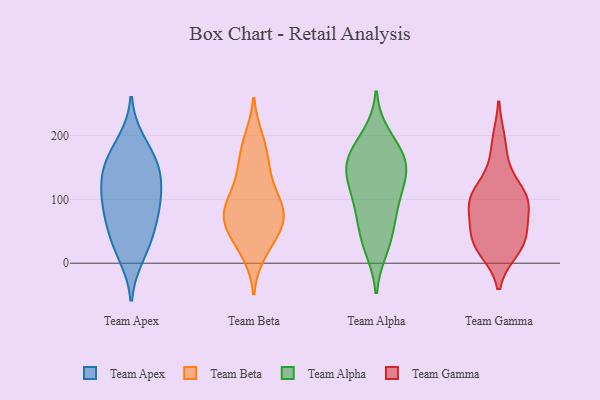
{"axis": {"x": "Conversion Rate (%)", "y": "Value"}, "legend": ["Team Alpha", "Team Apex", "Team Beta", "Team Gamma"], "data": [{"x": "", "y": 137, "type": "Team Apex"}, {"x": "", "y": 104, "type": "Team Apex"}, {"x": "", "y": 165, "type": "Team Apex"}, {"x": "", "y": 189, "type": "Team Apex"}, {"x": "", "y": 31, "type": "Team Apex"}, {"x": "", "y": 86, "type": "Team Apex"}, {"x": "", "y": 50, "type": "Team Apex"}, {"x": "", "y": 103, "type": "Team Apex"}, {"x": "", "y": 13, "type": "Team Apex"}, {"x": "", "y": 154, "type": "Team Apex"}, {"x": "", "y": 72, "type": "Team Apex"}, {"x": "", "y": 139, "type": "Team Apex"}, {"x": "", "y": 52, "type": "Team Beta"}, {"x": "", "y": 196, "type": "Team Beta"}, {"x": "", "y": 194, "type": "Team Beta"}, {"x": "", "y": 41, "type": "Team Beta"}, {"x": "", "y": 18, "type": "Team Beta"}, {"x": "", "y": 97, "type": "Team Beta"}, {"x": "", "y": 63, "type": "Team Beta"}, {"x": "", "y": 70, "type": "Team Beta"}, {"x": "", "y": 164, "type": "Team Beta"}, {"x": "", "y": 122, "type": "Team Beta"}, {"x": "", "y": 55, "type": "Team Beta"}, {"x": "", "y": 115, "type": "Team Beta"}, {"x": "", "y": 14, "type": "Team Beta"}, {"x": "", "y": 92, "type": "Team Beta"}, {"x": "", "y": 81, "type": "Team Beta"}, {"x": "", "y": 150, "type": "Team Beta"}, {"x": "", "y": 94, "type": "Team Beta"}, {"x": "", "y": 61, "type": "Team Beta"}, {"x": "", "y": 78, "type": "Team Beta"}, {"x": "", "y": 157, "type": "Team Beta"}, {"x": "", "y": 94, "type": "Team Alpha"}, {"x": "", "y": 58, "type": "Team Alpha"}, {"x": "", "y": 147, "type": "Team Alpha"}, {"x": "", "y": 169, "type": "Team Alpha"}, {"x": "", "y": 111, "type": "Team Alpha"}, {"x": "", "y": 89, "type": "Team Alpha"}, {"x": "", "y": 178, "type": "Team Alpha"}, {"x": "", "y": 37, "type": "Team Alpha"}, {"x": "", "y": 199, "type": "Team Alpha"}, {"x": "", "y": 151, "type": "Team Alpha"}, {"x": "", "y": 23, "type": "Team Alpha"}, {"x": "", "y": 151, "type": "Team Alpha"}, {"x": "", "y": 138, "type": "Team Alpha"}, {"x": "", "y": 150, "type": "Team Gamma"}, {"x": "", "y": 103, "type": "Team Gamma"}, {"x": "", "y": 38, "type": "Team Gamma"}, {"x": "", "y": 19, "type": "Team Gamma"}, {"x": "", "y": 41, "type": "Team Gamma"}, {"x": "", "y": 94, "type": "Team Gamma"}, {"x": "", "y": 49, "type": "Team Gamma"}, {"x": "", "y": 103, "type": "Team Gamma"}, {"x": "", "y": 194, "type": "Team Gamma"}, {"x": "", "y": 105, "type": "Team Gamma"}, {"x": "", "y": 65, "type": "Team Gamma"}, {"x": "", "y": 99, "type": "Team Gamma"}, {"x": "", "y": 19, "type": "Team Gamma"}]}